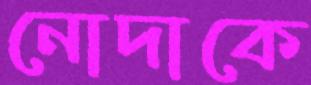
নোদাকে